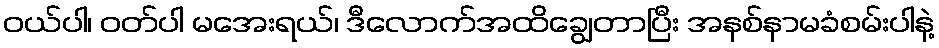
ဝယ်ပါ၊ ဝတ်ပါ မအေးရယ်၊ ဒီလောက်အထိချွေတာပြီး အနစ်နာမခံစမ်းပါနဲ့